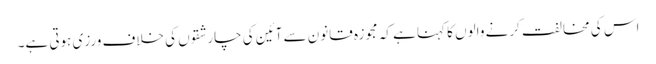
اس کی مخالفت کرنے والوں کا کہنا ہے کہ مجوزہ قانون سے آئین کی چار شقوں کی خلاف ورزی ہوتی ہے۔